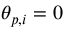
\theta _ { p , i } = 0